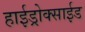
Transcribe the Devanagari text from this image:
हाईड्रोक्साईड